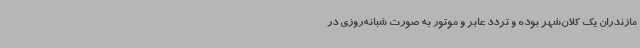
مازندران یک کلان‌شهر بوده و تردد عابر و موتور به صورت شبانه‌روزی در